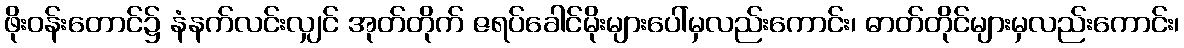
ဖိုးဝန်းတောင်၌ နံနက်လင်းလျှင် အုတ်တိုက် ဇရပ်ခေါင်မိုးများပေါ်မှလည်းကောင်း၊ ဓာတ်တိုင်များမှလည်းကောင်း၊